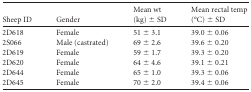
<table><thead><tr><td><b>Sheep ID</b></td><td><b>Gender</b></td><td><b>Mean wt (kg) ± SD</b></td><td><b>Mean rectal temp (°C) ± SD</b></td></tr></thead><tbody><tr><td>2D618</td><td>Female</td><td>51 ± 3.1</td><td>39.0 ± 0.06</td></tr><tr><td>2S066</td><td>Male (castrated)</td><td>69 ± 2.6</td><td>39.6 ± 0.20</td></tr><tr><td>2D619</td><td>Female</td><td>59 ± 1.7</td><td>39.3 ± 0.20</td></tr><tr><td>2D620</td><td>Female</td><td>64 ± 4.6</td><td>39.1 ± 0.21</td></tr><tr><td>2D644</td><td>Female</td><td>65 ± 1.0</td><td>39.3 ± 0.06</td></tr><tr><td>2D645</td><td>Female</td><td>70 ± 2.0</td><td>39.4 ± 0.06</td></tr></tbody></table>